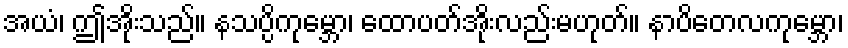
အယံ၊ ဤအိုးသည်။ နသပ္ပိကုမ္ဘော၊ ထောပတ်အိုးလည်းမဟုတ်။ နာပိတေလကုမ္ဘော၊